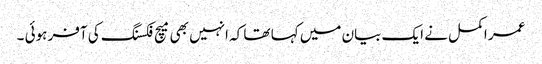
عمر اکمل نے ایک بیان میں کہا تھا کہ انہیں بھی میچ فکسنگ کی آفر ہوئی ۔